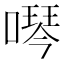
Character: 噖